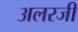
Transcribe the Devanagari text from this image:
अलरजी